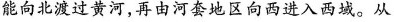
能向北渡过黄河，再由河套地区向西进入西域。从